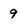
Character: 9